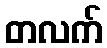
တလက်